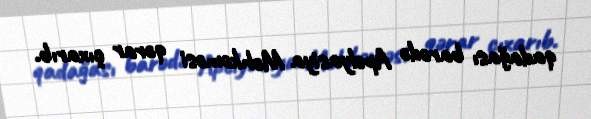
qadağası barədə Apelyasiya Məhkəməsi qərar çıxarıb.